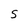
Character: S